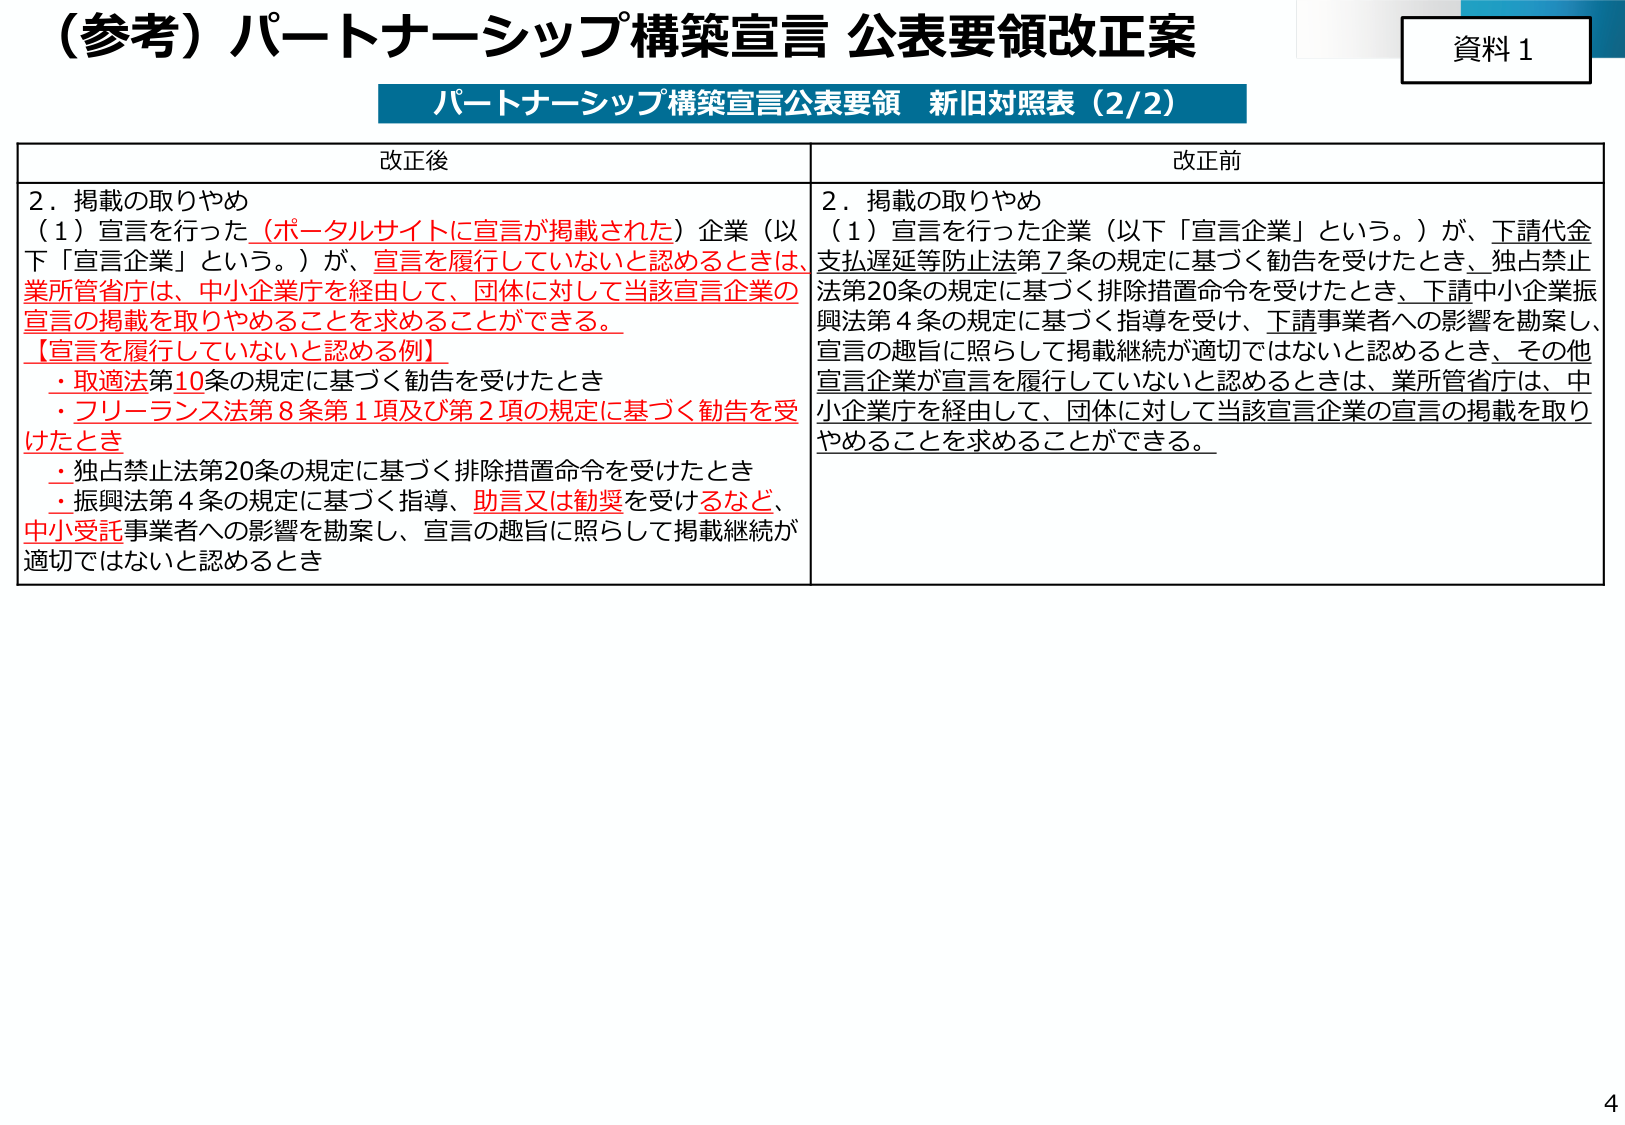
（参考）パートナーシップ構築宣言 公表要領改正案
資料１
パートナーシップ構築宣言公表要領 新旧対照表（2/2）

改正後
2．掲載の取りやめ
（1）宣言を行った（ポータルサイトに宣言が掲載された）企業（以下「宣言企業」という。）が、宣言を履行していないと認めるときは、業所管省庁は、中小企業庁を経由して、団体に対して当該宣言企業の宣言の掲載を取りやめることを求めることがある。
【宣言を履行していないと認める例】
・取適法第10条の規定に基づく勧告を受けたとき
・フリーランス法第8条第1項及び第2項の規定に基づく勧告を受けたとき
・独占禁止法第20条の規定に基づく排除措置命令を受けたとき
・振興法第4条の規定に基づく指導、助言又は勧奨を受けるなど、中小受託事業者への影響を勘案し、宣言の趣旨に照らして掲載継続が適切ではないと認めるとき

改正前
2．掲載の取りやめ
（1）宣言を行った企業（以下「宣言企業」という。）が、下請代金支払遅延等防止法第7条の規定に基づく勧告を受けたとき、独占禁止法第20条の規定に基づく排除措置命令を受けたとき、下請中小企業振興法第4条の規定に基づく指導を受け、下請事業者への影響を勘案し、宣言の趣旨に照らして掲載継続が適切ではないと認めるとき、その他宣言企業が宣言を履行していないと認めるときは、業所管省庁は、中小企業庁を経由して、団体に対して当該宣言企業の宣言の掲載を取りやめることを求めることがある。

4